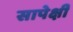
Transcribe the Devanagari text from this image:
सापेक्षी